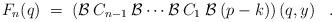
LaTeX: \begin{align*}F_n(q) \;=\; \left( {\cal{B}}\:C_{n-1}\:{\cal{B}} \cdots {\cal{B}}\:C_1\:{\cal{B}}\:(p-k) \right)(q,y) \;\;\; .\end{align*}